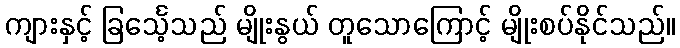
ကျားနှင့် ခြင်္သေ့သည် မျိုးနွယ် တူသောကြောင့် မျိုးစပ်နိုင်သည်။